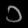
Digit: ၁